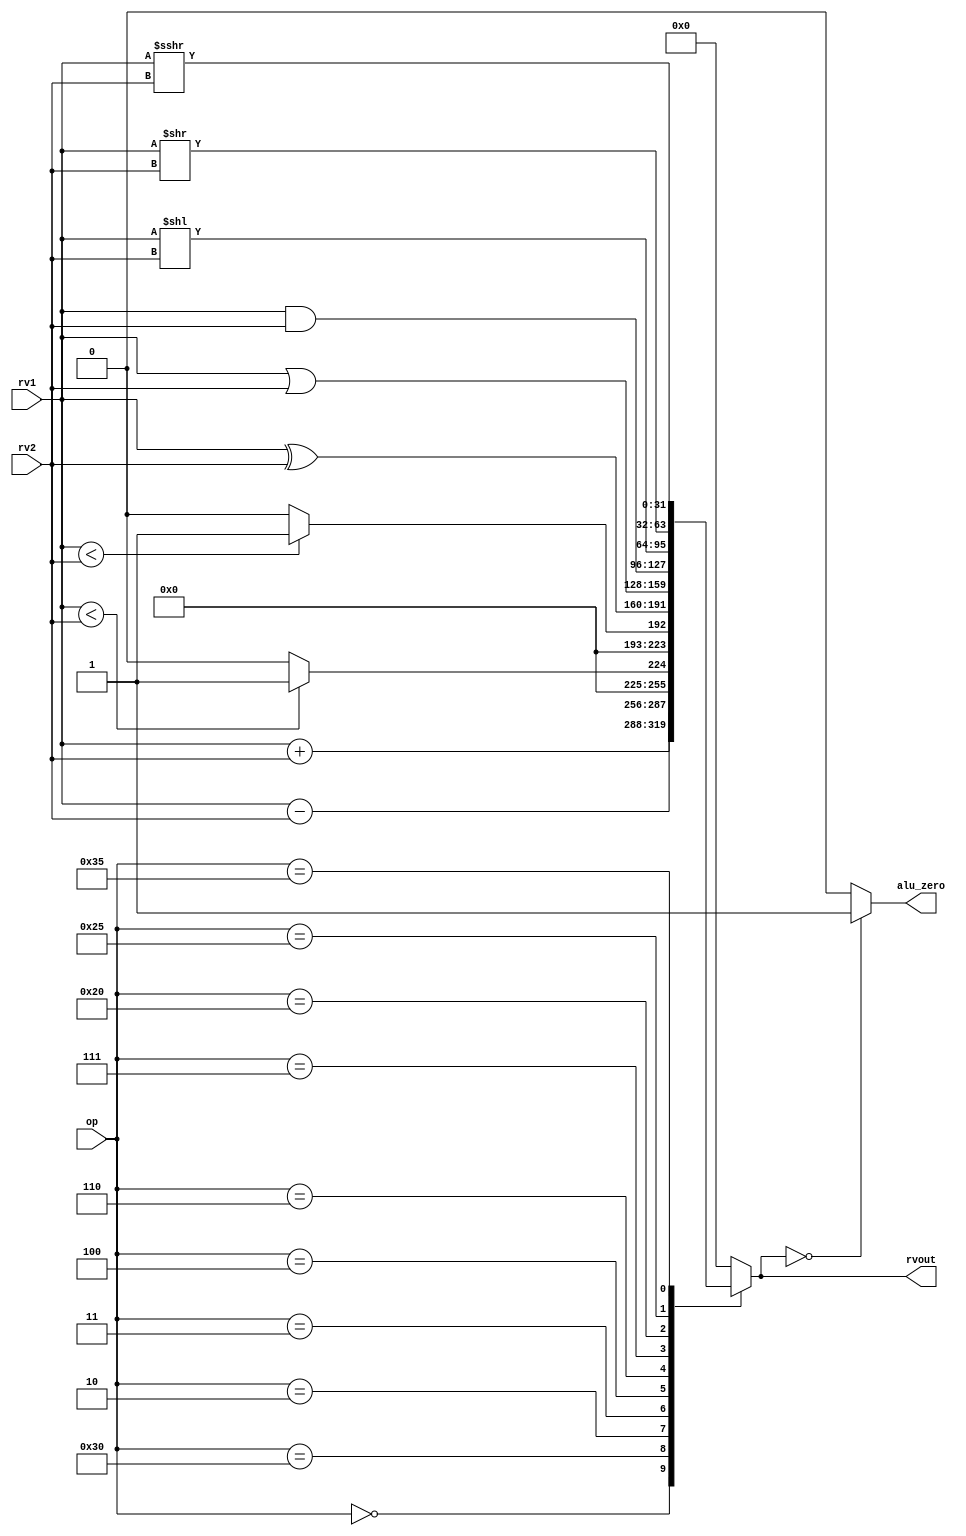
module alu(
    input [5:0]  op,      // some input encoding of your choice
    input [31:0] rv1,    // First operand
    input [31:0] rv2,    // Second operand
    output [31:0] rvout,  // Output value
    output alu_zero      // for Branch operation
);
    reg [31:0] rvout;
    always@(op or rv1 or rv2)
    begin
        case(op)
            6'b000000: rvout = rv1 + rv2;                                 //add  && addi
            6'b110000: rvout = rv1 - rv2;                                 //sub
            6'b000010: rvout = ($signed(rv1) < $signed(rv2))?32'b1:32'b0; //slt  && slti
            6'b000011: rvout = (rv1 < rv2)?32'b1:32'b0;                   //sltu && sltiu
            6'b000100: rvout = rv1 ^ rv2;                                 //xor  && xori
            6'b000110: rvout = rv1 | rv2;                                 //or   && ori
            6'b000111: rvout = rv1 & rv2;                                 //and  && andi
            6'b100000: rvout = rv1 << rv2;                                //sll  && slli
            6'b100101: rvout = rv1 >> rv2;                                //srl  && srli
            6'b110101: rvout = rv1 >>> rv2;                               //sra  && srai
            default:   rvout = 32'b0;
        endcase
    end
    
    
    assign alu_zero = (rvout==0)? 1'b1:1'b0;           //setting true for branch operation
            

endmodule